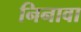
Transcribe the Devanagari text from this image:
निनावा